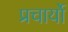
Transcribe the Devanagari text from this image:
प्रचार्यो